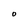
Character: O